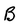
Character: B